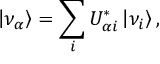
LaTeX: \left| \nu _ { \alpha } \right\rangle = \sum _ { i } U _ { \alpha i } ^ { * } \left| \nu _ { i } \right\rangle ,